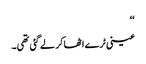
‘‘
عینی ٹرے اٹھا کر لے گئی تھی۔